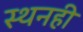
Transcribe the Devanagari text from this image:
स्थनही